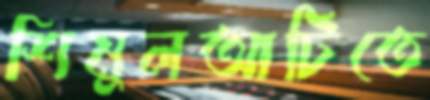
শিমুলআটিতে